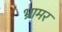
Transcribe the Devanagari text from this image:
भ्रामर